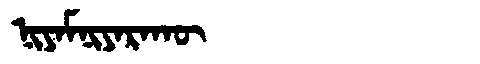
Manchu: ᠨᡳᠶᠠᠮᠨᡳᠶᠠᡵᠠᡴᡡ
Romanization: NIYAMNIYARAKŪ